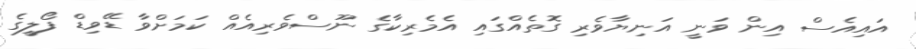
އައިއެސް އިން ވަނީ އަނިޔާވެރި ގޮތެއްގައި އެމެރިކާގެ ނޫސްވެރިއެއް ކަމަށްވާ ޑޭވިޑް ފޯލީގެ